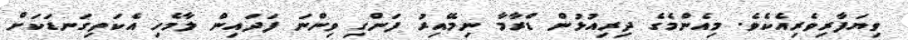
ވިޔަފާރިވެރިއެކެވެ. މިއެންމެގެ ދިރިއުޅުން ޑްރާމާ ނިމޭއިރު ފަންގި ވިންނަ ފަދައިން ލާމެހި އެކަތިގަނޑަކަށް